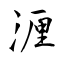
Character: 湹